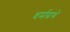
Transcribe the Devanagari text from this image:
धर्मग्रंथे